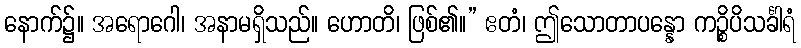
နောက်၌။ အရောဂေါ၊ အနာမရှိသည်။ ဟောတိ၊ ဖြစ်၏။” ဧတံ၊ ဤသောတာပန္နော ကဉ္စိပိသင်္ခါရံ